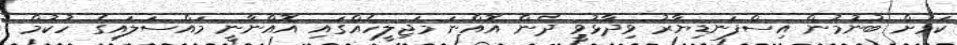
ކަމަށް ބުނުމުން އިސްފަނޑިޔާރު ވިދާޅުވީ ދެން އޮއްނަ މަޖިލީހެއްގައި އޮއްނާނީ މައްސަލައިގެ ހުކުމް